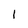
Character: 1